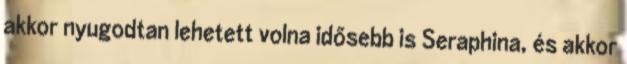
akkor nyugodtan lehetett volna idősebb is Seraphina, és akkor